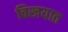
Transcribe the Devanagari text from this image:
बिखयात